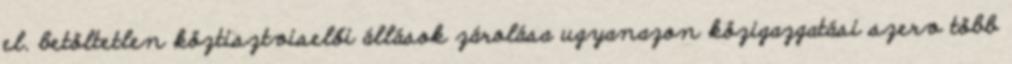
el. betöltetlen köztisztviselői állások zárolása ugyanazon közigazgatási szerv több